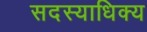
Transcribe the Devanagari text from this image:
सदस्याधिक्य